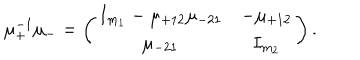
LaTeX: \mu _ { + } ^ { - 1 } \mu _ { - } = \left( \begin{array} { c c } { { I _ { m _ { 1 } } - \mu _ { + 1 2 } \mu _ { - 2 1 } } } & { { - \mu _ { + 1 2 } } } \\ { { \mu _ { - 2 1 } } } & { { I _ { m _ { 2 } } } } \\ \end{array} \right) .